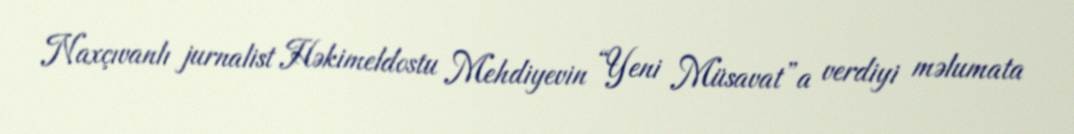
Naxçıvanlı jurnalist Həkimeldostu Mehdiyevin “Yeni Müsavat”a verdiyi məlumata